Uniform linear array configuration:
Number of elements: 12
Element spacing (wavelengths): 1
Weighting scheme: kaiser
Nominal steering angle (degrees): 30
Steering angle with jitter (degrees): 29.1
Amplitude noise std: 0.05
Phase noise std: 0.05

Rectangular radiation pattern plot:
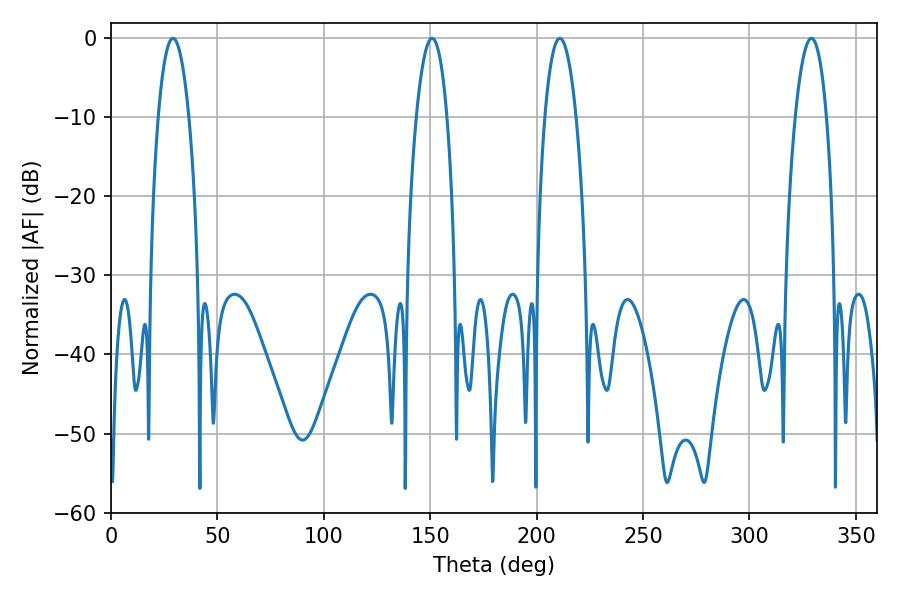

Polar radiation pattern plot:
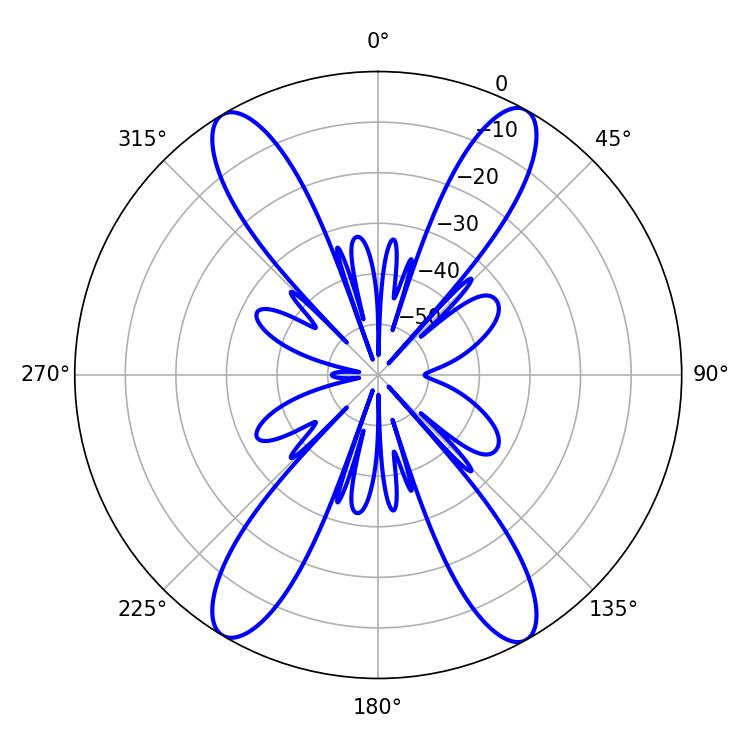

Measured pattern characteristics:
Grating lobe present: TRUE
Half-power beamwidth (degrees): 7.92
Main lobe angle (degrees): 29.16